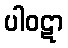
ပါဝဋာ